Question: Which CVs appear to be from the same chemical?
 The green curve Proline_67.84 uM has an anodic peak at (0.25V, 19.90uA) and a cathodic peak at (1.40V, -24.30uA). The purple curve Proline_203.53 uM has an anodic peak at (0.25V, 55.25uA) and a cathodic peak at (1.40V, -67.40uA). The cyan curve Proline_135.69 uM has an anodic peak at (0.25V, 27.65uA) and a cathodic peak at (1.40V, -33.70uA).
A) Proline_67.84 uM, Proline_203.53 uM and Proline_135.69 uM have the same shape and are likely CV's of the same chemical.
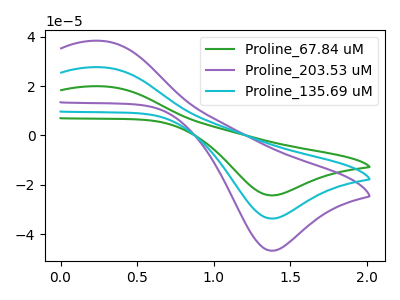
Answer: <think>All the peaks in "Proline_67.84 uM" have a peak in "Proline_203.53 uM" at the same potential. Every peak in "Proline_67.84 uM" is lower than every peak in "Proline_203.53 uM". All the peaks in "Proline_67.84 uM" have a peak in "Proline_135.69 uM" at the same potential. Every peak in "Proline_67.84 uM" is lower than every peak in "Proline_135.69 uM". All the peaks in "Proline_203.53 uM" have a peak in "Proline_135.69 uM" at the same potential. Every peak in "Proline_203.53 uM" is higher than every peak in "Proline_135.69 uM".
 </think>
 <answer>A) "Proline_67.84 uM", "Proline_203.53 uM" and "Proline_135.69 uM" have the same shape and are likely CV's of the same chemical.</answer>
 <eval>A</eval>